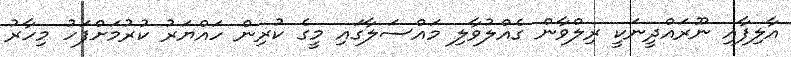
އާލިފާއި ނޫރައްދީނަކީ ރިލްވާން ގެއްލުވާލި މައްސަލާގައި މީގެ ކުރިން ހައްޔަރު ކުރުމަށްފަހު މިހާރު